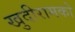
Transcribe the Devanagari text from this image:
खुदीरामको